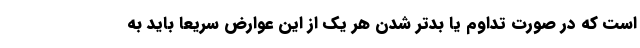
است که در صورت تداوم یا بدتر شدن هر یک از این عوارض سریعاً باید به